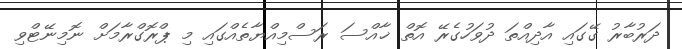
ދަރުބާރު ގޭގައި އާދިއްތަ ދުވަހުގެރޭ އޮތް ޚާއްސަ ރަސްމިއްޔާތެއްގައި މި ޕްރޮގްރާމަށް ނޮމިނޭޓްވި